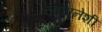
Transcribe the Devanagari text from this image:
स्थापनेशी